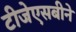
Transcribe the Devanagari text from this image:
टीजेएसबीने